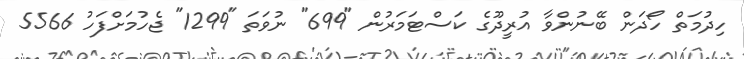
ހިދުމަތް ހޯދަން ބޭނުންވާ އުރީދޫގެ ކަސްޓަމަރުން "699" ނުވަތަ "1299" ޖެހުމަށްފަހު 5566